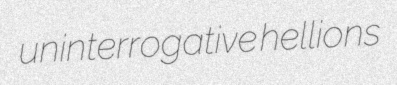
uninterrogative hellions